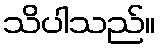
သိပါသည်။